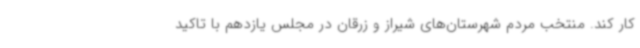
کار کند. منتخب مردم شهرستان‌های شیراز و زرقان در مجلس یازدهم با تاکید